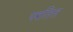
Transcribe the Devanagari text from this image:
परतित